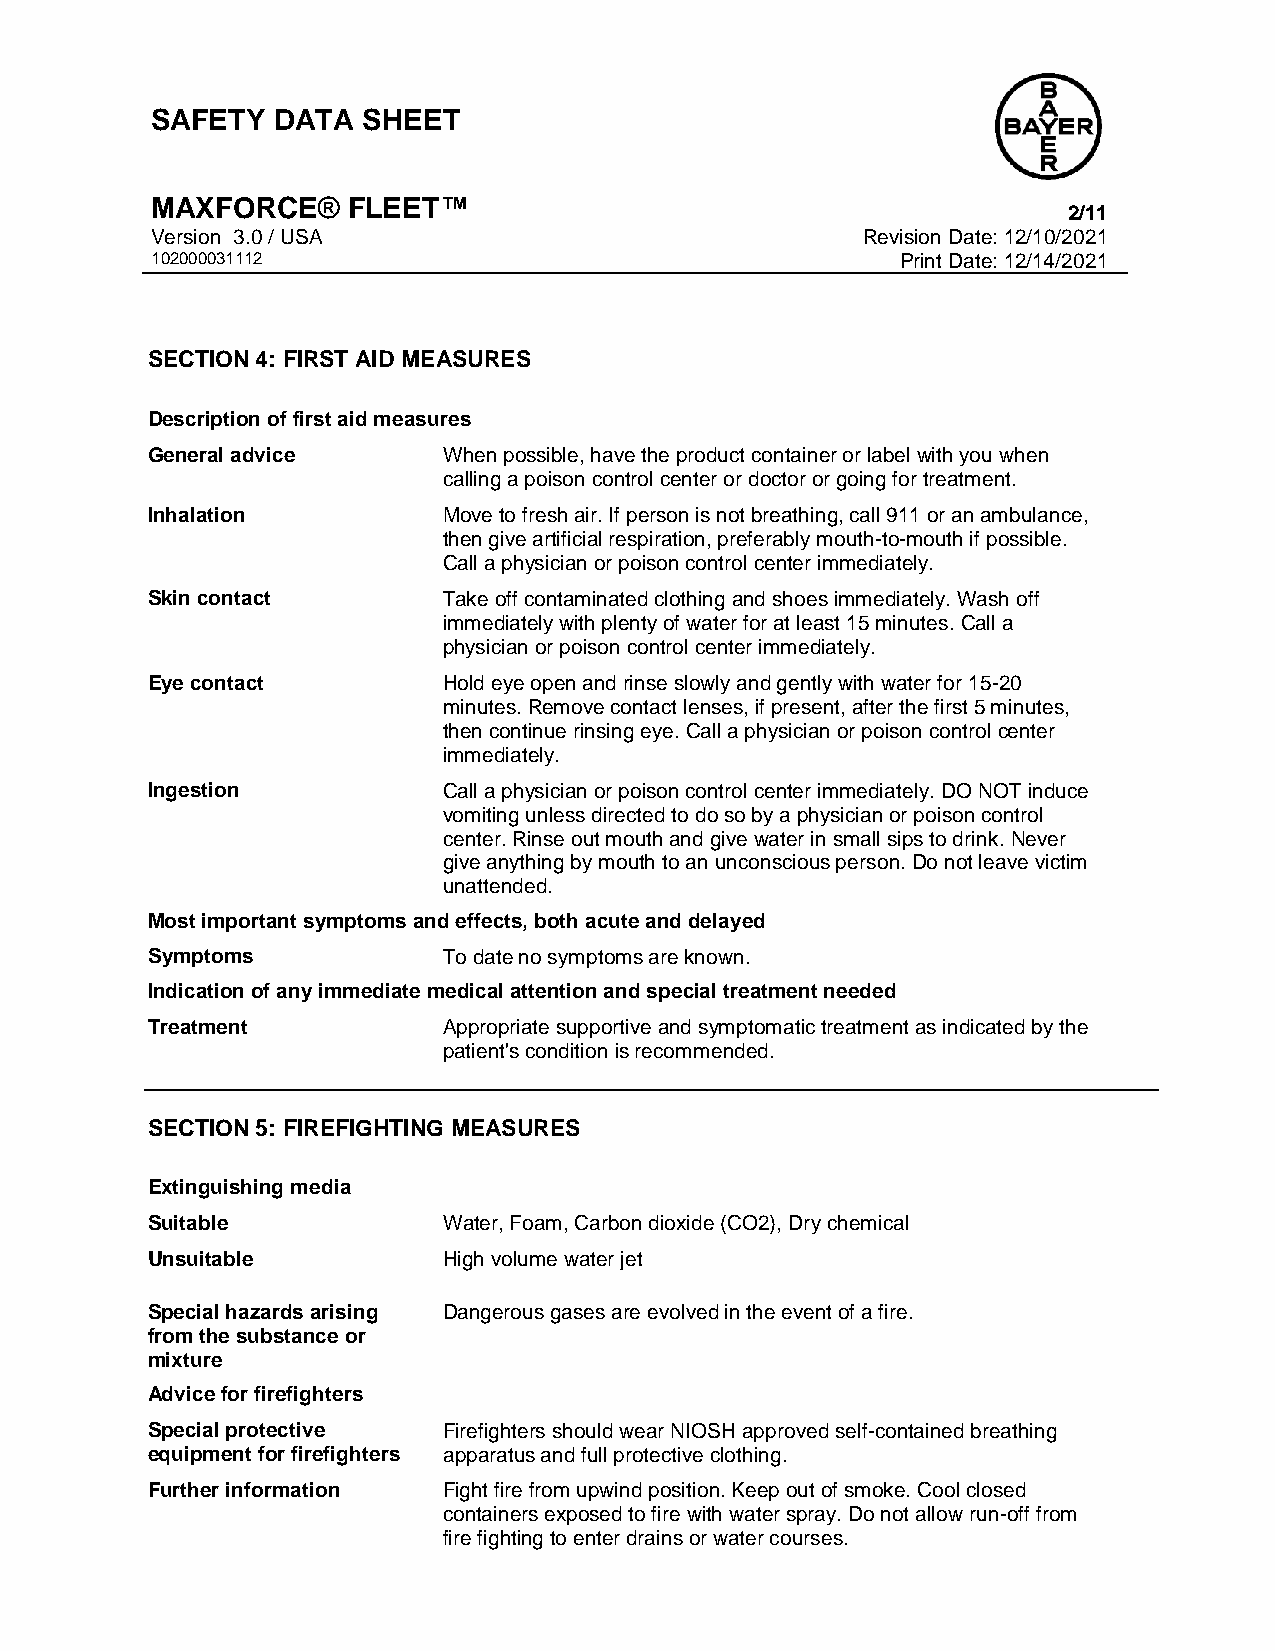
SAFETY  DATA  SHEET
 MAXFORCE®    FLEET™
 2/11
 Version 3.0 / USA                              Revision Date: 12/10/2021
 102000031112                                      Print Date: 12/14/2021
 SECTION 4: FIRST AID MEASURES
 Description of first aid measures
 General advice     When possible, have the product container or label with you when
 calling a poison control center or doctor or going for treatment.
 Inhalation         Move to fresh air. If person is not breathing, call 911 or an ambulance,
 then give artificial respiration, preferably mouth-to-mouth if possible.
 Call a physician or poison control center immediately.
 Skin contact       Take off contaminated clothing and shoes immediately. Wash off
 immediately with plenty of water for at least 15 minutes. Call a
 physician or poison control center immediately.
 Eye contact        Hold eye open and rinse slowly and gently with water for 15-20
 minutes. Remove contact lenses, if present, after the first 5 minutes,
 then continue rinsing eye. Call a physician or poison control center
 immediately.
 Ingestion          Call a physician or poison control center immediately. DO NOT induce
 vomiting unless directed to do so by a physician or poison control
 center. Rinse out mouth and give water in small sips to drink. Never
 give anything by mouth to an unconscious person. Do not leave victim
 unattended.
 Most important symptoms and effects, both acute and delayed
 Symptoms           To date no symptoms are known.
 Indication of any immediate medical attention and special treatment needed
 Treatment          Appropriate supportive and symptomatic treatment as indicated by the
 patient's condition is recommended.
 SECTION 5: FIREFIGHTING MEASURES
 Extinguishing media
 Suitable           Water, Foam, Carbon dioxide (CO2), Dry chemical
 Unsuitable         High volume water jet
 Special hazards arising Dangerous gases are evolved in the event of a fire.
 from the substance or
 mixture
 Advice for firefighters
 Special protective Firefighters should wear NIOSH approved self-contained breathing
 equipment for firefighters apparatus and full protective clothing.
 Further information Fight fire from upwind position. Keep out of smoke. Cool closed
 containers exposed to fire with water spray. Do not allow run-off from
 fire fighting to enter drains or water courses.